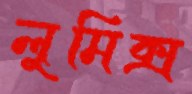
লুমিক্স